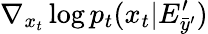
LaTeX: \nabla_{x_{t}}\log{p_{t}(x_{t}|E_{\bar{y}^{\prime}}^{\prime})}